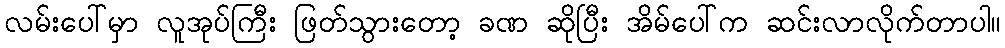
လမ်းပေါ်မှာ လူအုပ်ကြီး ဖြတ်သွားတော့ ခဏ ဆိုပြီး အိမ်ပေါ်က ဆင်းလာလိုက်တာပါ။